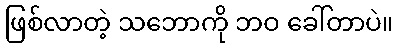
ဖြစ်လာတဲ့ သဘောကို ဘဝ ခေါ်တာပဲ။